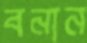
বনান